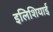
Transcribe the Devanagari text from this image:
इलिशियाई